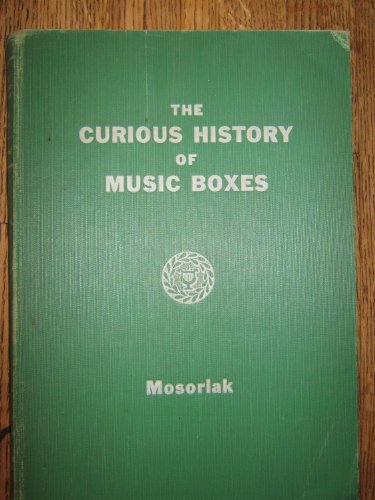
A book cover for The curious history of music boxes,; Roy Mosoriak; Crafts, Hobbies & Home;